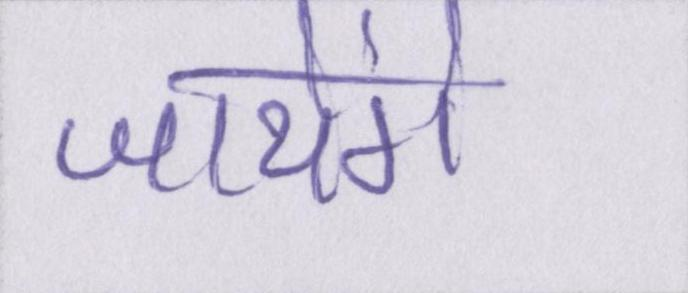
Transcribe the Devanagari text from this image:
जायेंगे